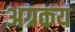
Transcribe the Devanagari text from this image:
अग्रकय